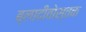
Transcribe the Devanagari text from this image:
ब्लादीवोस्तक